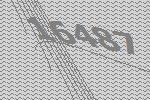
16487